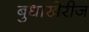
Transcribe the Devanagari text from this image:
बुधाखेरीज